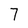
Character: 7